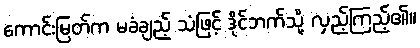
ကောင်းမြတ်က မခံချည့် သံဖြင့် ဒိုင်ဘက်သို့ လှည့်ကြည့်၏။